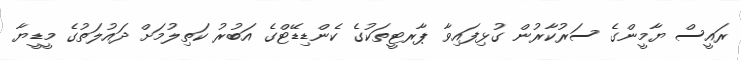
ރައީސް ޔާމީންގެ ސަރުކާރުން ގުޅިފައިވާ ޕާރޓީތަކުގެ ކެންޑިޑޭޓްގެ އަބުރު ކަތިލުމަށް ދައުލަތުގެ މީޑީޔާ